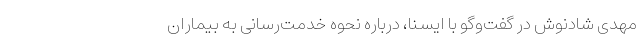
مهدی شادنوش در گفت‌وگو با ایسنا، درباره نحوه خدمت‌رسانی به بیماران